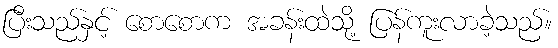
ပြီးသည်နှင့် စောစောက အခန်းထဲသို့ ပြန်ကူးလာခဲ့သည်။